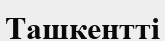
Ташкентті